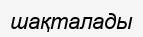
шақталады